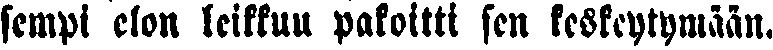
sempi elon leikkuu pakoitti sen keskeytymään.